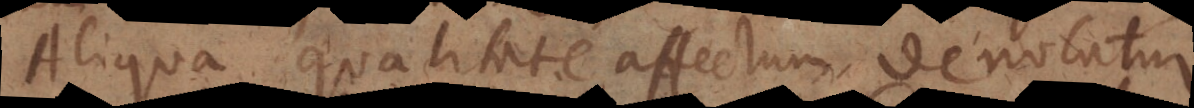
Aliqua qualitate affectum denotatur